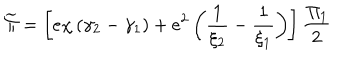
\widetilde { \Pi } = \left[ e \chi \left( \gamma _ { 2 } - \gamma _ { 1 } \right) + e ^ { 2 } \left( \frac 1 { \xi _ { 2 } } - \frac 1 { \xi _ { 1 } } \right) \right] \frac { { \it \Pi } _ { { \it 1 } } } 2